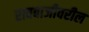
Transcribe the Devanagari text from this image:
रावबाजीवरील